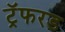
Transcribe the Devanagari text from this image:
ट्रॅफरड